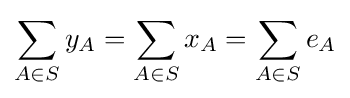
\sum _{A\in S}{y_{A}}=\sum _{A\in S}{x_{A}}=\sum _{A\in S}{e_{A}}